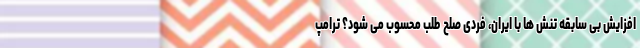
افزایش بی سابقه تنش ها با ایران، فردی صلح طلب محسوب می شود؟ ترامپ